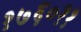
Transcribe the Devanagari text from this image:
१७६०११